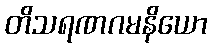
တိသရဏဂမနိယော